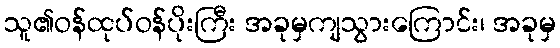
သူ၏ဝန်ထုပ်ဝန်ပိုးကြီး အခုမှကျသွားကြောင်း၊ အခုမှ